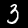
Label: 3